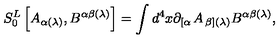
S _ { 0 } ^ { L } \left[ A _ { \alpha ( \lambda ) } , B ^ { \alpha \beta ( \lambda ) } \right] = \int d ^ { 4 } x \partial _ { \left[ \alpha \right. } A _ { \left. \beta \right] ( \lambda ) } B ^ { \alpha \beta ( \lambda ) } ,